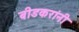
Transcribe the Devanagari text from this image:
बीडकरांनी